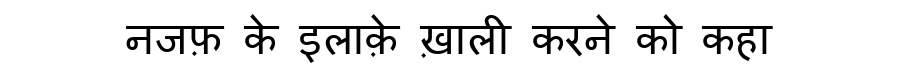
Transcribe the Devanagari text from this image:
नजफ़ के इलाक़े ख़ाली करने को कहा